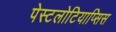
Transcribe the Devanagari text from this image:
पेस्टलोटियाप्सिस